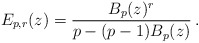
\begin{align*}E_{p,r}(z) = \frac{B_p(z)^{r}}{p-(p-1)B_p(z)} \,.\end{align*}